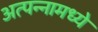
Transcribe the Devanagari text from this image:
अत्‍पन्‍नामध्‍ये